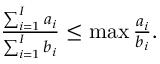
\begin{array} { r } { \frac { \sum _ { i = 1 } ^ { I } a _ { i } } { \sum _ { i = 1 } ^ { I } b _ { i } } \leq \operatorname* { m a x } \frac { a _ { i } } { b _ { i } } . } \end{array}